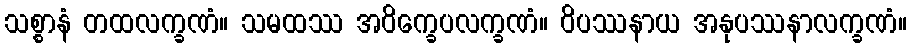
သစ္စာနံ တထလက္ခဏံ။ သမထဿ အဝိက္ခေပလက္ခဏံ။ ဝိပဿနာယ အနုပဿနာလက္ခဏံ။